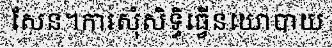
សែន។ការសុំសិទ្ធិធ្វើនយោបាយ